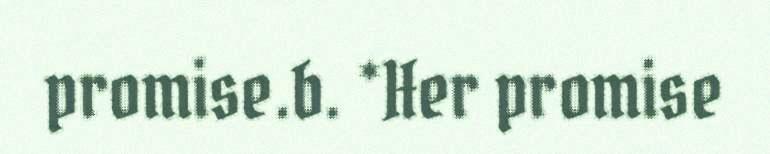
promise.b. *Her promise